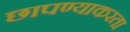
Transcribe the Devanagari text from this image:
छापण्याकरता